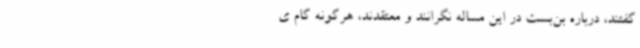
گفتند، درباره بن‌بست در این مساله نگرانند و معتقدند، هرگونه گام ی